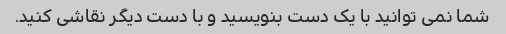
شما نمی توانید با یک دست بنویسید و با دست دیگر نقاشی کنید.